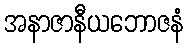
အနာဇာနီယဘောဇနံ